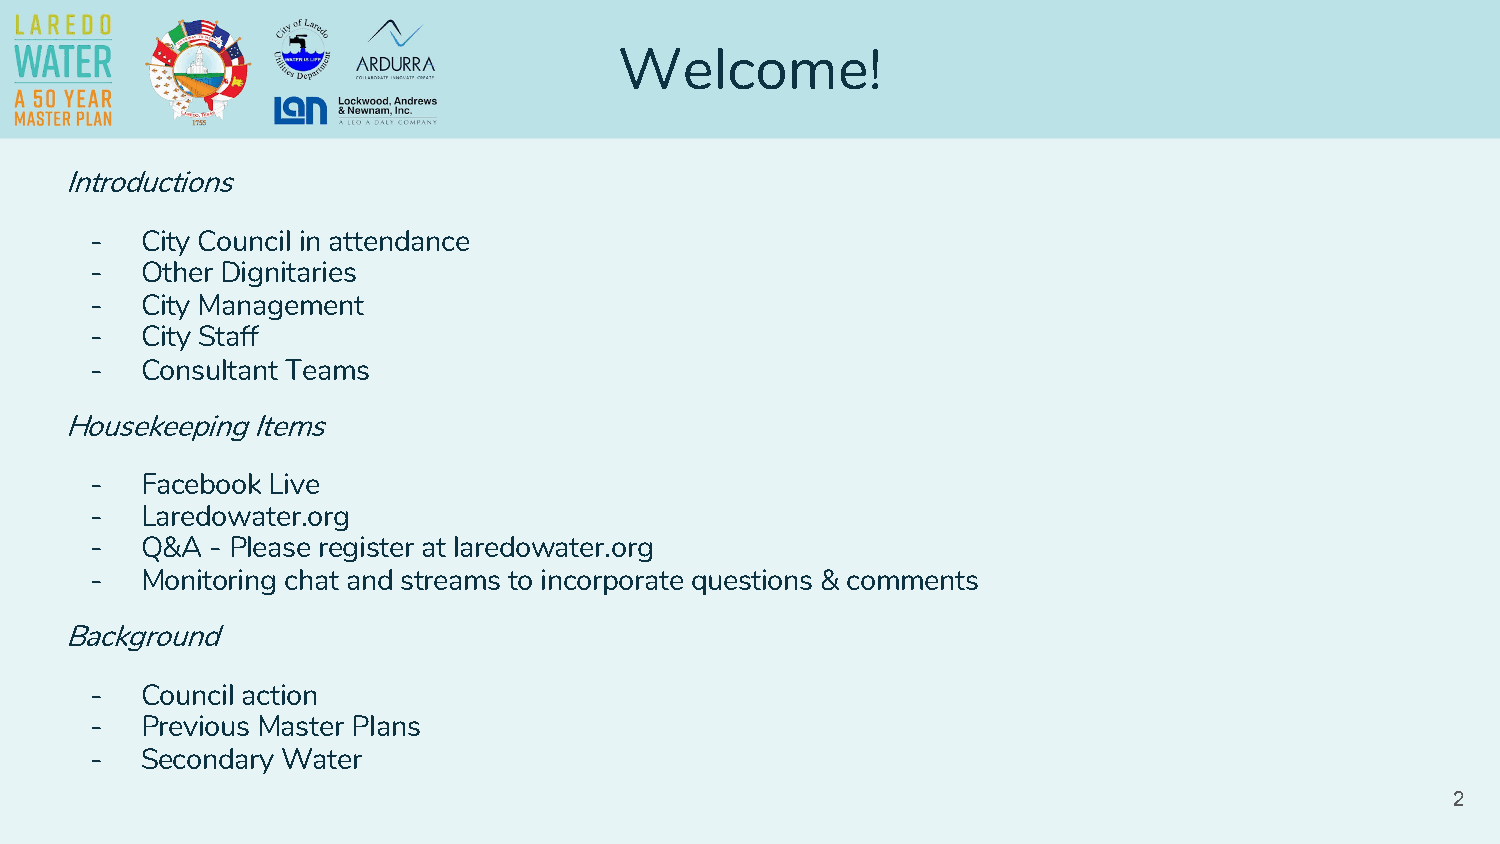
Welcome!
 Introductions
 -  City Council in attendance
 -  Other Dignitaries
 -  City Management
 -  City Staff
 -  Consultant Teams
 Housekeeping Items
 -  Facebook Live
 -  Laredowater.org
 -  Q&A  - Please register at laredowater.org
 -  Monitoring chat and streams to incorporate questions & comments
 Background
 -  Council action
 -  Previous Master Plans
 -  Secondary Water
 2